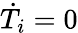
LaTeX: \dot{T}_{i}=0